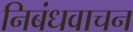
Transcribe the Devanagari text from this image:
निबंधवाचन